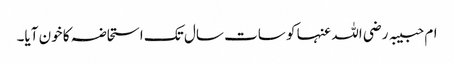
ام حبیبہ رضی اللہ عنہا کو سات سال تک استحاضہ کا خون آیا۔